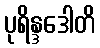
ပုရိန္ဒဒေါတိ